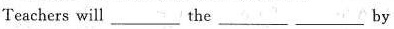
Teachers will ___ the ___ ___by